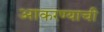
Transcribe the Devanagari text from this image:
आकरण्याची